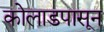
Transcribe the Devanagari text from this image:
कोलाडपासून